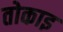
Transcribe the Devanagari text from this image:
तोकाइ